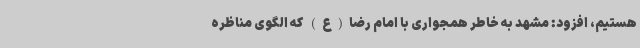
هستیم، افزود: مشهد به خاطر همجواری با امام رضا(ع) که الگوی مناظره